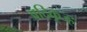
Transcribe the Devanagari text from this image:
अदिकूज्ह